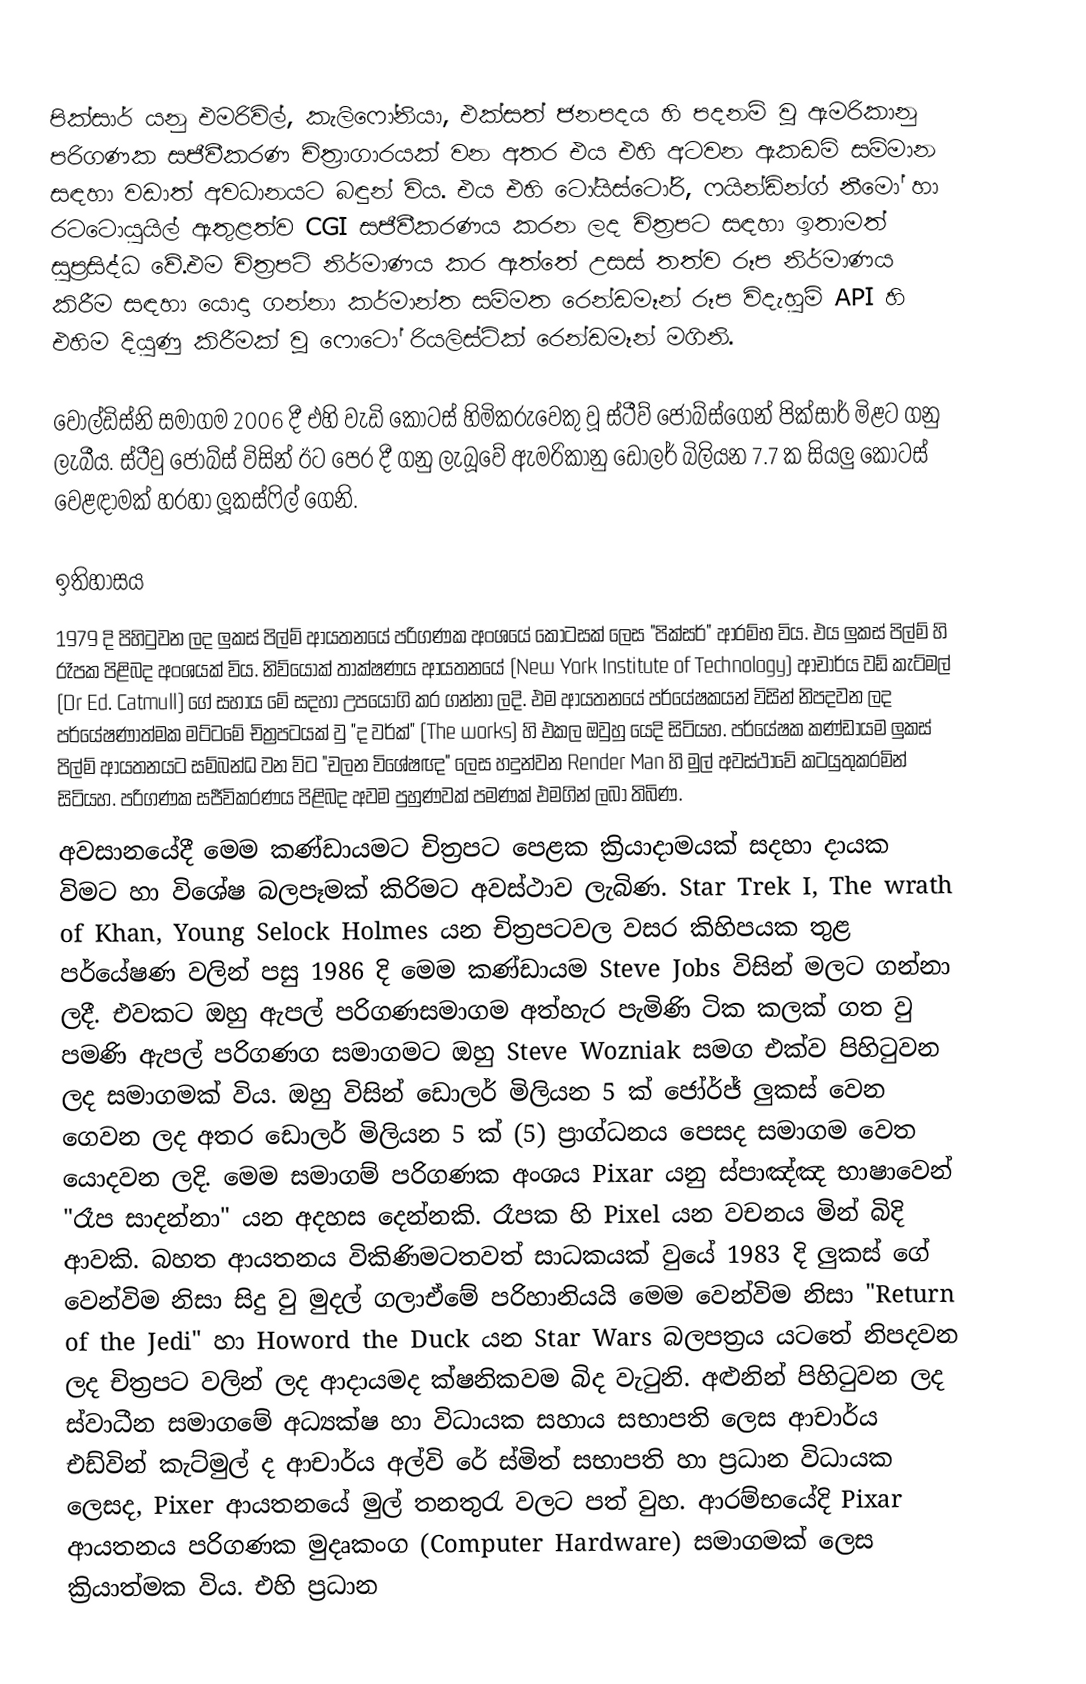
පික්සාර් යනු එමරිවිල්, කැලිෆෝනියා, එක්සත් ජනපදය හි පදනම් වූ ඇමරිකානු පරිගණක සජීවීකරණ චිත්‍රාගාරයක් වන අතර එය එහි අටවන ඇකඩමි සම්මාන සඳහා වඩාත් අවධානයට බඳුන් විය.  එය එහි ටෝයිස්ටෝරි, ෆයින්ඩින්ග් නීමෝ හා රටටොයුයිල් ඇතුළත්ව CGI සජීවීකරණය කරන ලද චිත්‍රපට සඳහා ඉතාමත් සුප්‍රසිද්ධ වේ.එම චිත්‍රපටි නිර්මාණය කර ඇත්තේ උසස් තත්ව රූප නිර්මාණය කිරීම සඳහා යොදා ගන්නා කර්මාන්ත සම්මත රෙන්ඩමෑන් රූප විදැහුම් API හි එහිම දියුණු කිරීමක් වූ ෆොටෝ රියලිස්ටික් රෙන්ඩමෑන් මගිනි.

වෝල්ඩිස්නි සමාගම 2006 දී එහි වැඩි කොටස් හිමිකරුවෙකු වූ ස්ටීව් ජොබ්ස්ගෙන් පික්සාර් මිළට ගනු ලැබීය. ස්ටීවු ජොබ්ස් විසින් ඊට පෙර දී ගනු ලැබූවේ ඇමරිකානු ඩොලර් බිලියන 7.7 ක සියලු කොටස් වෙළඳාමක් හරහා ලූකස්ෆිල් ගෙනි.

ඉතිහාසය
1979 දි පිහිටුවන ලද ලුකස් පිල්ම් ආයතනයේ පරිගණක අංශයේ කොටසක් ලෙස "පික්සර්" ආරම්භ විය. එය ලුකස් පිල්ම් හි රෑපක පිළිබද අංශයක් විය. නිව්යෝක් තාක්ෂණය ආයතනයේ (New York Institute of Technology) ආචාර්ය වඩ් කැට්මල් (Dr Ed. Catmull) ගේ සහාය මේ සදහා උපයෝගි කර ගන්නා ලදි. ‍එම ආයතනයේ පර්යේෂකයන් විසින් නිපදවන ලද පර්යේෂණාත්මක මට්ටමේ චිත්‍රපටයක් වු "ද වර්ක්" (The works) හි එකල ඔවුහු යෙදි සිටියහ. පර්යේෂක කණ්ඩායම ලුකස් පිල්ම් ආයතනයට සම්බන්ධ වන විට "චලන විශේෂඥ" ලෙස හදුන්වන Render Man    හි මුල් අවස්ථාවේ කටයුතුකරමින් සිටියහ. පරිගණක සජීවිකරණය පිළිබද අවම පුහුණවක් පමණක් එමගින් ලබා තිබිණ.
අවසානයේදී මෙම කණ්ඩායමට චිත්‍රපට පෙළක ක්‍රියාදාමයක් සදහා දායක විමට හා විශේෂ බලපෑමක් කිරිමට අවස්ථාව ලැබිණ.  Star Trek I, The wrath of Khan, Young Selock Holmes   යන චිත්‍රපටවල වසර කිහිපයක තුළ පර්යේෂණ වලින් පසු 1986 දි මෙම කණ්ඩායම Steve Jobs  විසින් මලට ගන්නා ලදී. එවකට ඔහු ඇපල් පරිගණසමාගම අත්හැර පැමිණි ටික කලක් ගත වු පමණි ඇපල් පරිගණග සමාගමට ඔහු Steve Wozniak සමග එක්ව පිහිටුවන ලද සමාගමක් විය. ඔහු විසින් ඩොලර් මිලියන 5 ක් ජෝර්ජ් ලුකස් වෙන ගෙවන ලද අතර ඩොලර් මිලියන 5 ක් (5) ප්‍රාග්ධනය පෙසද සමාගම වෙත යොදවන ලදි. මෙම සමාගම් පරිගණක අංශය Pixar යනු ස්පාඤ්ඤ භාෂාවෙන් "රෑප සාදන්නා" යන අදහස දෙන්නකි. රෑපක හි Pixel යන වචනය මින් බිදි ආවකි. බහත ආයතනය විකිණිමට‍තවත් සාධකයක් වුයේ 1983 දි ලුකස් ගේ වෙන්විම නිසා සිදු වු මුදල් ගලාඒමේ පරිහානියයි මෙම වෙන්විම නිසා "Return of the Jedi" හා Howord the Duck යන  Star Wars බලපත්‍රය යටතේ නිපදවන ලද චිත්‍රපට වලින් ලද ආදායමද ක්ෂනිකවම බිද වැටුනි. අළුනින් පිහිටුවන ලද ස්වාධීන සමාගමේ අධ්‍යක්ෂ හා විධායක සහාය සභාපති ලෙස ආචාර්ය එඩ්වින් කැට්මුල් ද ආචාර්ය අල්වි රේ ස්මිත් සභාපති හා ප්‍රධාන විධායක ලෙසද, Pixer ආයතනයේ මුල් තනතුරැ වලට පත් වුහ. ආරම්භයේදි Pixar ආයතනය පරිගණක මුදෘකංග (Computer Hardware) සමාගමක් ලෙස ක්‍රියාත්මක විය. එහි ප්‍රධාන